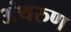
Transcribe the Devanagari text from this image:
अंथरुण